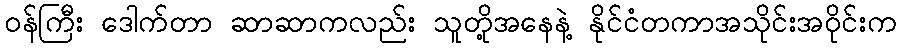
ဝန်ကြီး ဒေါက်တာ ဆာဆာကလည်း သူတို့အနေနဲ့ နိုင်ငံတကာအသိုင်းအဝိုင်းက